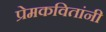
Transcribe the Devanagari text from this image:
प्रेमकवितांनी